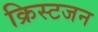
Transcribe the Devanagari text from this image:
क्रिस्टजन